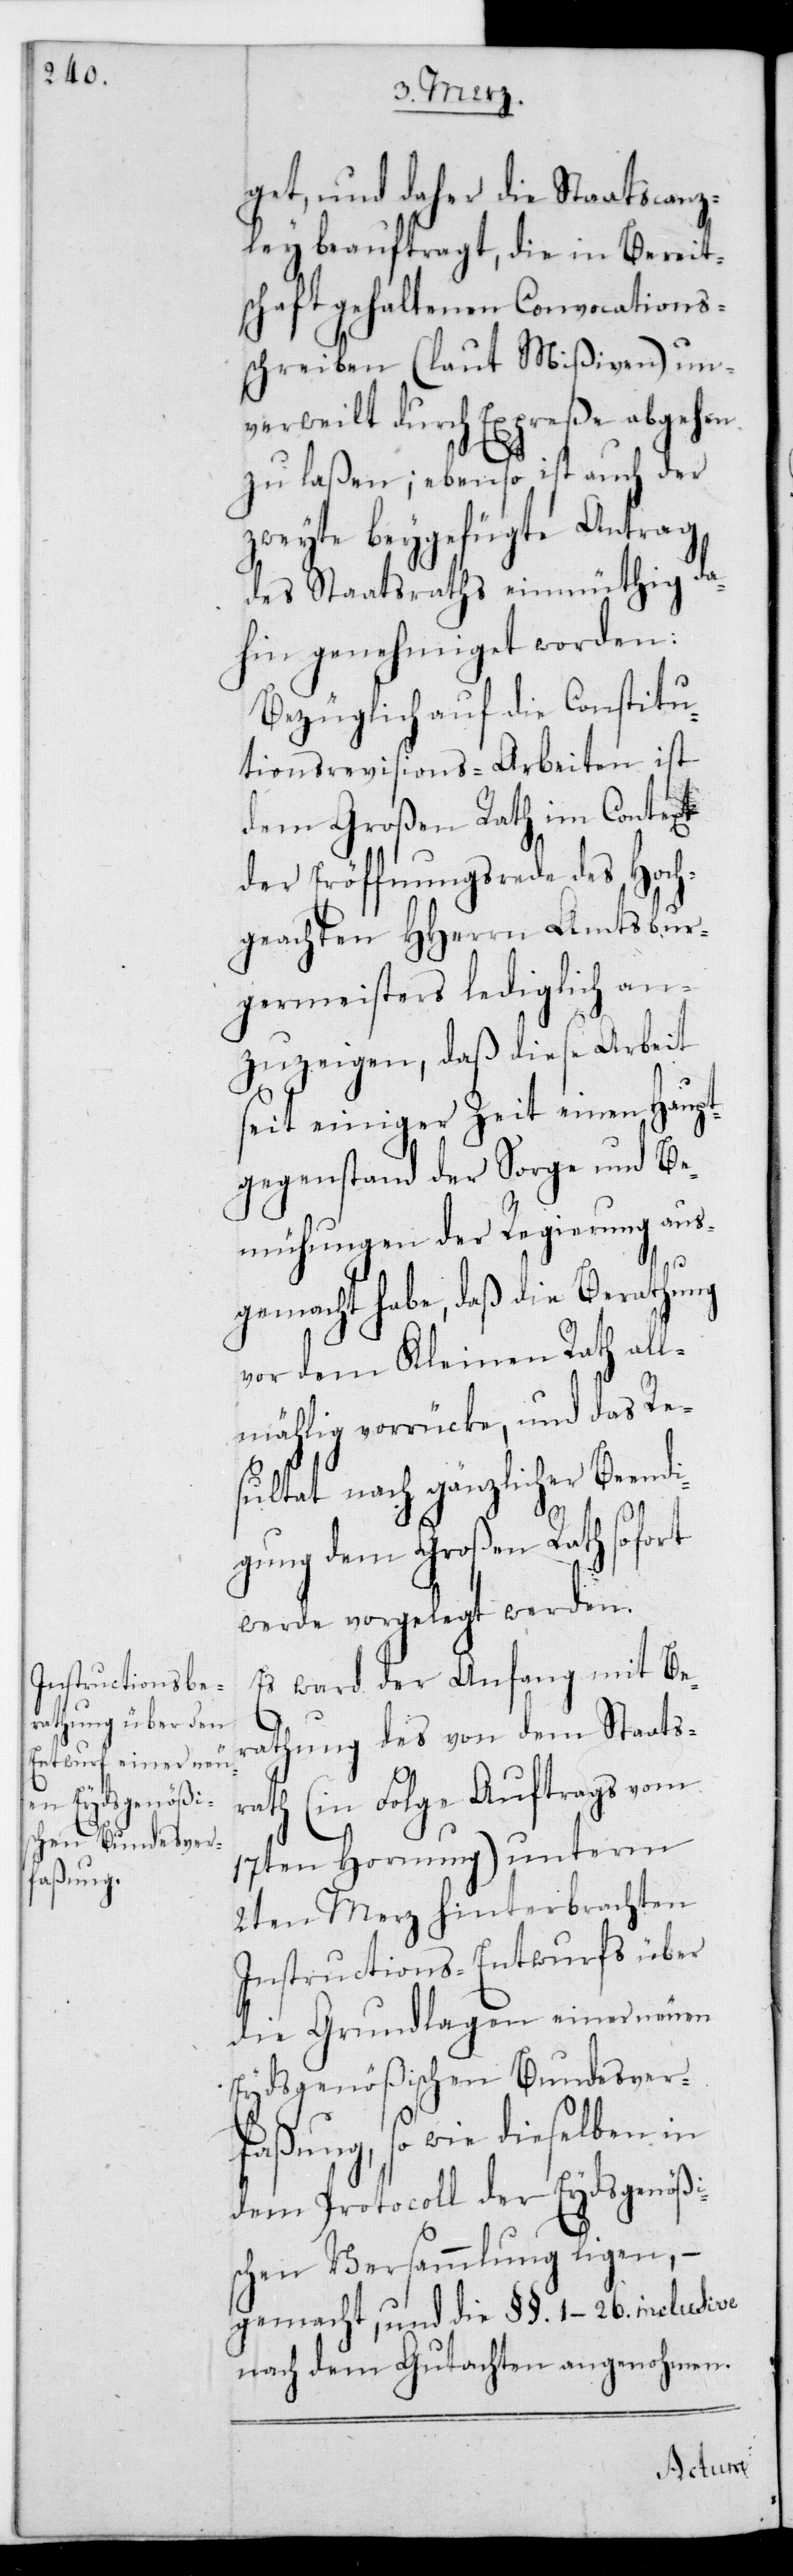
get und daher die Staatscanz¬
ley beauftragt, die in Bereit¬
schaft gehaltenen Convocations-S¬
chreiben (laut Mißiven) un¬
verweilt durch Expreße abgehen
zu laßen; ebenso ist auch der
zweyte beygefügte Antrag,
des Staatsraths einmüthig da¬
hin genehmiget worden:
Bezüglich auf die Constitu¬
tionsrevisions-Arbeiten ist
dem Großen Rath im Context
der Eröffnungsrede des Hoch¬
geachten HHerrn Amtsbur¬
germeisters lediglich an¬
zuzeigen, daß diese Arbeit
seit einiger Zeit einen Haupt¬
gegenstand der Sorge und Be¬
mühungen der Regierung aus¬
gemacht habe, daß die Berathung
vor dem Kleinen Rath all¬
mählich vorrücke, und das Re¬
sultat nach gänzlicher Beendi¬
gung dem Großen Rath sofort
werde vorgelegt werden.
Es ward der Anfang mit Be¬
rathung des von dem Staatsr¬
ath (in Folge Auftrags vom
17ten Hornung) unterm
2ten Merz hinterbrachten
Instructions-Entwurfs über
die Grundlagen einer neuen
Eydsgenößischen Bundesver¬
faßung, sowie dieselben in
dem Protocoll der Eydsgenößi¬
schen Versammlung liegen, –
gemacht, und die §§. 1–26. inclusive
nach dem Gutachten angenohmen.